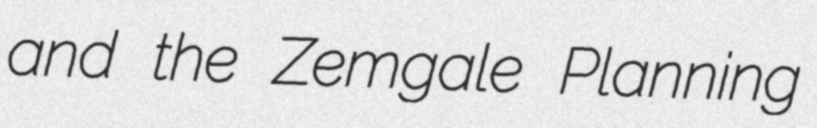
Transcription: and the Zemgale Planning